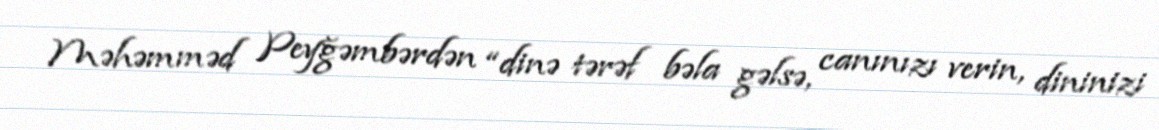
Məhəmməd Peyğəmbərdən “dinə tərəf bəla gəlsə, canınızı verin, dininizi